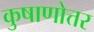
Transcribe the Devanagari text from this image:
कुषाणोत्तर